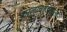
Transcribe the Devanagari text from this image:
कालाचोडितमुना